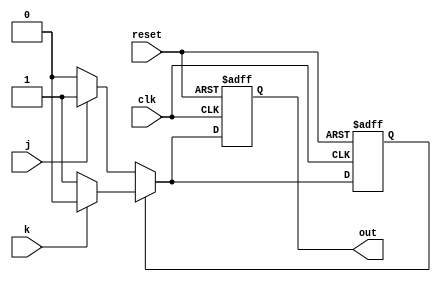
`timescale 1ns / 1ps

module asynrefsm2(
    input wire clk,
    input wire reset,     //asynchronous active-high reset
    input wire j,
    input wire k,
    output reg out
    );
    reg state;
    parameter ON=1'b1,OFF=1'b0;
    
always@(posedge clk or posedge reset)
    if(reset)
        begin
        state<=OFF;
        out<=1'b0;
        end
    else if(state==OFF)
         begin
          if(j==1)
            begin state<=ON;out<=1'b1;end
          if(j==0)
            begin state<=OFF;out<=1'b0;end
         end
         else
         begin
          if(k==0)
            begin state<=ON;out<=1'b1;end
          if(k==1)
            begin state<=OFF;out<=1'b0;end
         end
         
endmodule